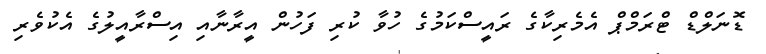
ޑޮނަލްޑް ޓްރަމްޕް އެމެރިކާގެ ރައީސްކަމުގެ ހުވާ ކުރި ފަހުން އީރާނާއި އިސްރާއީލުގެ އެކުވެރި